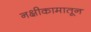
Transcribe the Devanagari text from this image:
नक्षीकामातून